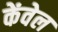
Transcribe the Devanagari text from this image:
केंवेल